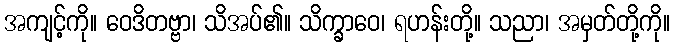
အကျင့်ကို။ ဝေဒိတဗ္ဗာ၊ သိအပ်၏။ သိက္ခာဝေ၊ ရဟန်းတို့။ သညာ၊ အမှတ်တို့ကို။